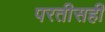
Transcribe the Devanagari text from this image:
परतीसही